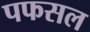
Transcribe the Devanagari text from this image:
पफसल